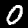
Digit: 0